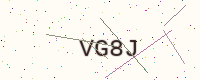
Text: VG8J